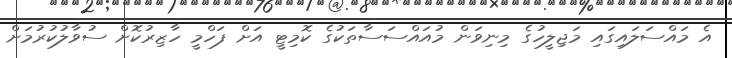
އެ މައްސަލައިގައި މަޖިލީހުގެ މިނިވަން މުއައްސަސާތަކުގެ ކޮމިޓީ އަށް ފަހްމީ ހާޒިރުކޮށް ސުވާލުކުރުމަށް